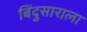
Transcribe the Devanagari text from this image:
बिंदुसाराला